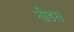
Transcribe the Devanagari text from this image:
नीडस